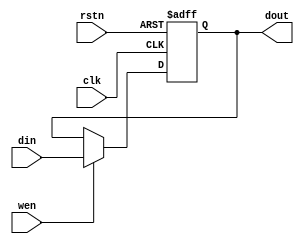
`timescale 1ns / 1ps
//////////////////////////////////////////////////////////////////////////////////
// Company: 
// Engineer: 
// 
// Design Name: 
// Module Name: RegREG
// Project Name: 
// Target Devices: 
// Tool Versions: 
// Description: 
// 
// Dependencies: 
// 
// Revision:
// Revision 0.01 - File Created
// Additional Comments:
// 
//////////////////////////////////////////////////////////////////////////////////

/*
    ================================   REG module   ================================
    Author:         Wintermelon
    Last Edit:      2022.4.11

    This is a common register.
    Synchronous setting number, asynchronous reset.  
*/

module REG
#(
    parameter DATA_WIDTH = 32           // data width
)
(
    input [DATA_WIDTH-1 : 0] din,       // data input
    input clk, rstn, wen,               // control signals
    output reg [DATA_WIDTH-1 : 0] dout  // data output and storage
);
    initial begin
        dout <= 0;
    end
    
    always @(posedge clk or negedge rstn) begin 
        if (~rstn) begin
            dout <= 0;
        end
        else begin
            if (wen) 
                dout <= din;
        end
    end
endmodule